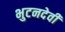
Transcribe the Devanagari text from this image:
भुटनदेवी